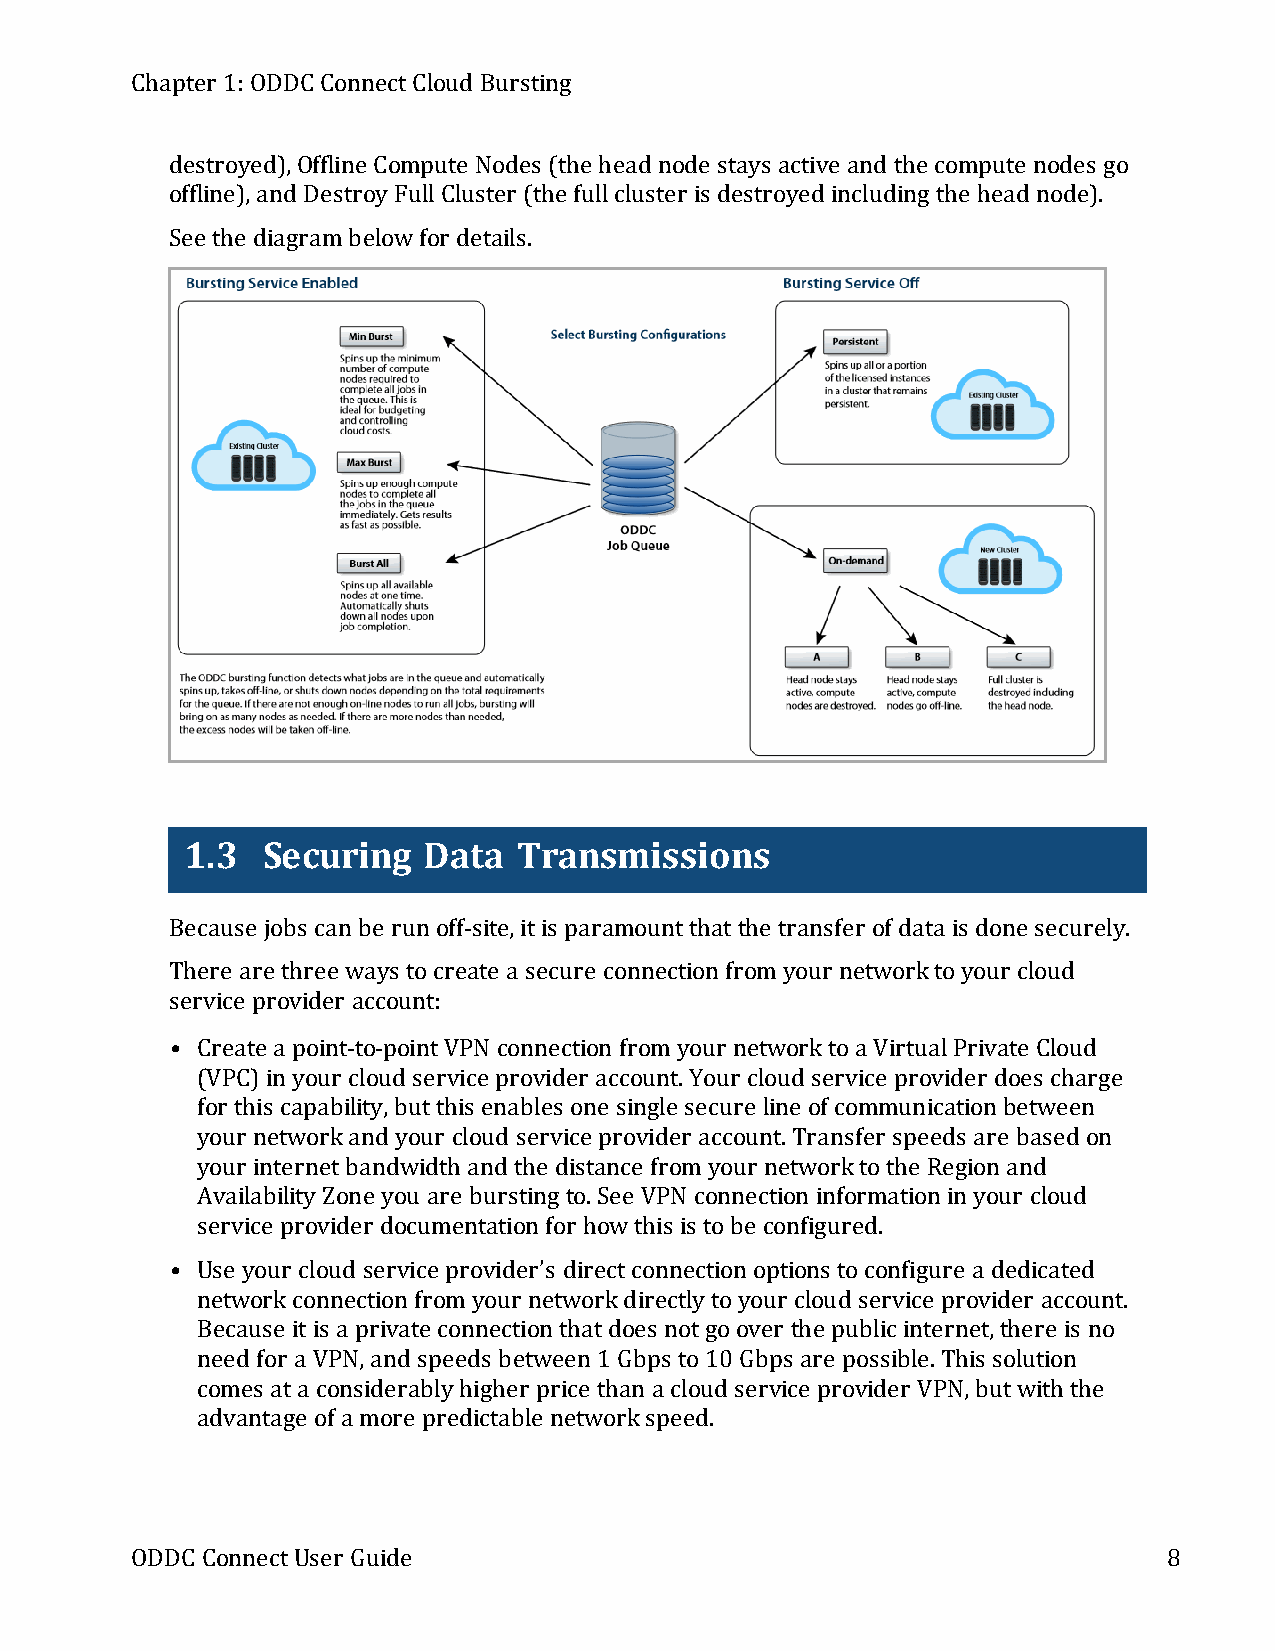
Chapter 1:ODDC ConnectCloud Bursting
 destroyed),Offline Compute Nodes (the head node stays active and the compute nodes go
 offline),and DestroyFullCluster (the fullcluster is destroyed including the head node).
 See the diagrambelowfor details.
 1.3  Securing   Data  Transmissions
 Because jobs can be run off-site,itis paramountthatthe transfer of data is done securely.
 There are three ways tocreate a secure connection fromyour networktoyour cloud
 service provider account:
 • Create a point-to-pointVPN connection fromyour networktoa VirtualPrivate Cloud
 (VPC)in your cloud service provider account.Your cloud service provider does charge
 for this capability,butthis enables one single secure line of communication between
 your networkand your cloud service provider account.Transfer speeds are based on
 your internetbandwidth and the distance fromyour networktothe Region and
 AvailabilityZone you are bursting to.See VPN connection information in your cloud
 service provider documentation for howthis is tobe configured.
 • Use your cloud service provider’s directconnection options toconfigure a dedicated
 networkconnection fromyour networkdirectlytoyour cloud service provider account.
 Because itis a private connection thatdoes notgoover the publicinternet,there is no
 need for a VPN,and speeds between 1 Gbps to10 Gbps are possible.This solution
 comes ata considerablyhigher price than a cloud service provider VPN,butwith the
 advantage of a more predictable networkspeed.
 ODDC ConnectUser Guide                                              8